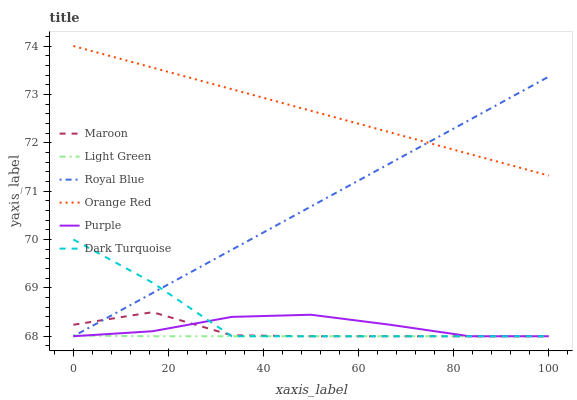
| xaxis_label | Maroon | Light Green | Royal Blue | Orange Red | Purple | Dark Turquoise |
 | --- | --- | --- | --- | --- | --- | --- |
 | 0 | 68.2 | 68 | 68 | 74 | 68 | 70 |
 | 16.7 | 68.5 | 68 | 68.9 | 73.6 | 68.1 | 69.1 |
 | 33.3 | 68 | 68 | 69.8 | 73.1 | 68.4 | 68 |
 | 50 | 68 | 68 | 70.7 | 72.7 | 68.4 | 68 |
 | 66.7 | 68 | 68 | 71.6 | 72.2 | 68.2 | 68 |
 | 83.3 | 68 | 68 | 72.5 | 71.8 | 68 | 68 |
 | 100 | 68 | 68 | 73.4 | 71.3 | 68 | 68 |